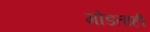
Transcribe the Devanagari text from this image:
मोडताही